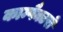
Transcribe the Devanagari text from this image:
काम्पैक्टरों